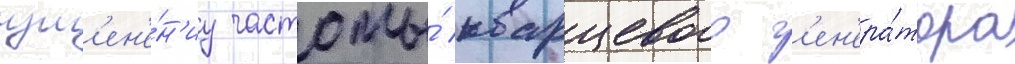
изм'ен'е́н'иу частоты́ кварцевого г'ен'ера́тора